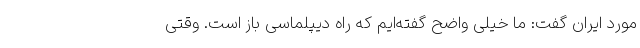
مورد ایران گفت: ما خیلی واضح گفته‌ایم که راه دیپلماسی باز است. وقتی